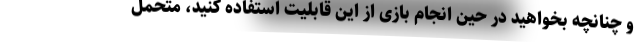
و چنانچه بخواهید در حین انجام بازی از این قابلیت استفاده کنید، متحمل